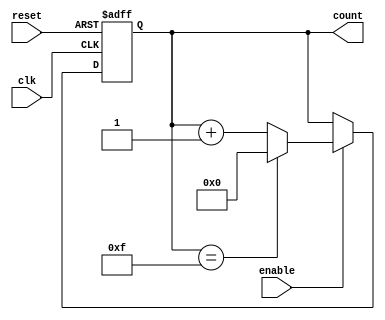
module async_counter #(parameter N = 4) (
    input wire clk,                // Clock input
    input wire reset,              // Asynchronous reset
    input wire enable,             // Enable input (optional)
    output reg [N-1:0] count       // N-bit counter output
);

// Asynchronous reset and counting logic
always @(posedge clk or posedge reset) begin
    if (reset) begin
        count <= 0;                // Reset the counter to 0
    end else if (enable) begin
        count <= count + 1;        // Increment the counter
        if (count == (1 << N) - 1) // Check for wraparound
            count <= 0;            // Wrap around to 0
    end
end

endmodule